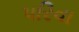
પરિવા